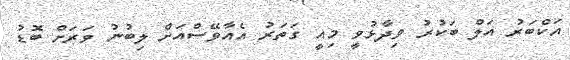
އަކްބަރު އަލް ބަކުރު ވިދާޅުވީ މިއީ ގަތަރު އެއާވޭސްއަށް ލިބުނު ވަރަށް ބޮޑު